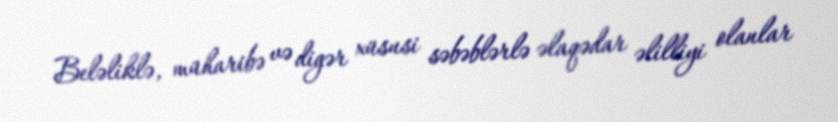
Beləliklə, müharibə və digər xüsusi səbəblərlə əlaqədar əlilliyi olanlar